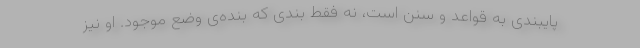
پایبندی به قواعد و سنن است، نه فقط بندی که بنده‌ی وضع موجود. او نیز